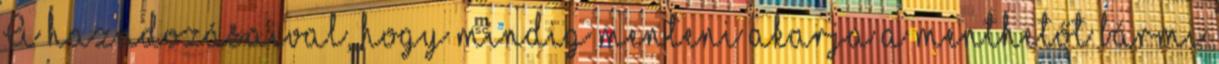
A hazudozásaival, hogy mindig menteni akarja a menthetőt bármi